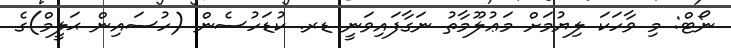
ނޯޓް: މި ވާހަކަ ލިޔުމަށް މަޢުލޫމާތު ނަގާފައިވަނީ ޑރ. ކުޑަހުސެން (ހުސައިން ޙަލީމް)ގެ